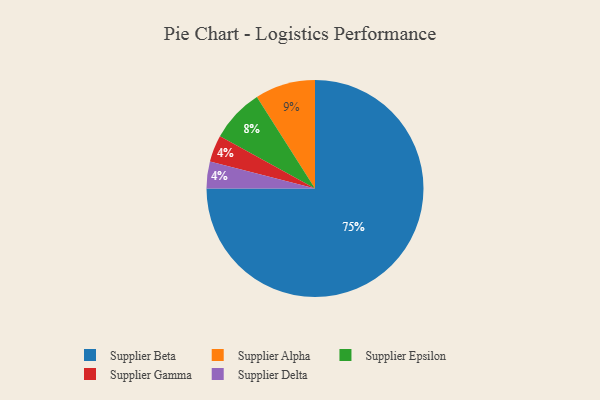
{"axis": {"x": "Category", "y": "Percentage"}, "legend": ["Supplier Alpha", "Supplier Beta", "Supplier Delta", "Supplier Epsilon", "Supplier Gamma"], "data": [{"x": "Supplier Epsilon", "y": 8, "type": "Supplier Epsilon"}, {"x": "Supplier Gamma", "y": 4, "type": "Supplier Gamma"}, {"x": "Supplier Delta", "y": 4, "type": "Supplier Delta"}, {"x": "Supplier Beta", "y": 75, "type": "Supplier Beta"}, {"x": "Supplier Alpha", "y": 9, "type": "Supplier Alpha"}]}